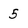
Character: 5